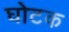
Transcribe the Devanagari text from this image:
घोटक